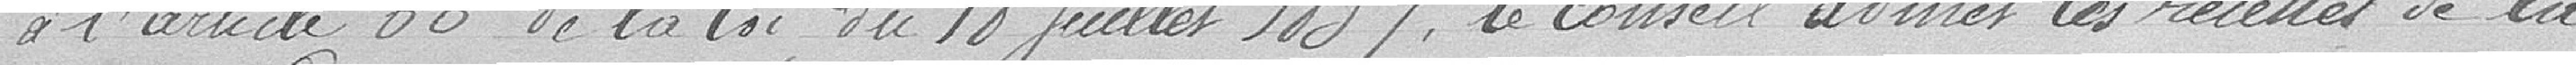
à l'article 66 De la loi Du 18 Juillet 1837, le Conseil admet les recettes de la